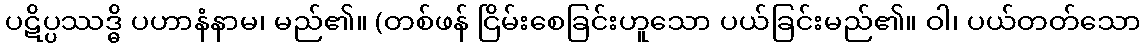
ပဋိပ္ပဿဒ္ဓိ ပဟာနံနာမ၊ မည်၏။ (တစ်ဖန် ငြိမ်းစေခြင်းဟူသော ပယ်ခြင်းမည်၏။ ဝါ၊ ပယ်တတ်သော